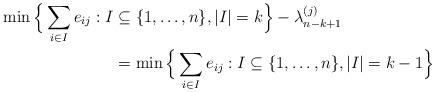
LaTeX: \begin{align*} \min\Big\{\sum_{i\in I} e_{ij} : I &\subseteq \{1, \dots, n\}, |I| = k\Big\} - \lambda^{(j)}_{n-k+1}\\ &= \min\Big\{\sum_{i \in I} e_{ij} : I \subseteq \{1, \dots, n\}, |I| = k-1\Big\} \end{align*}